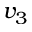
v _ { 3 }